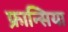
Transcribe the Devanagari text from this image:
फ्रान्सिया